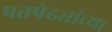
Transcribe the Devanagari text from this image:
पतपेढ्यांच्या